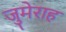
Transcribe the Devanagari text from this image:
जुमेराह